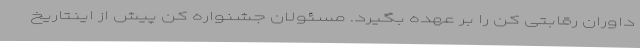
داوران رقابتی کن را بر عهده بگیرد. مسئولان جشنواره کن پیش از اینتاریخ